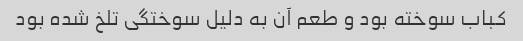
کباب سوخته بود و طعم آن به دلیل سوختگی تلخ شده بود